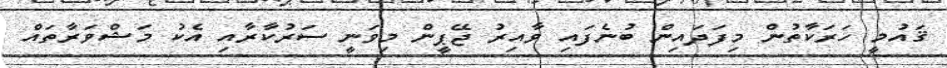
ޤައުމީ ހަރަކާތުން މިފަދައިން ބުނެފައި ވާއިރު ޖޭޕީން މިވަނީ ސަރުކާރާއި އެކު މަޝްވަރާތައް